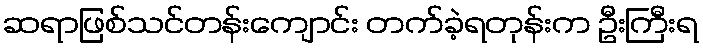
ဆရာဖြစ်သင်တန်းကျောင်း တက်ခဲ့ရတုန်းက ဦးကြီးရ